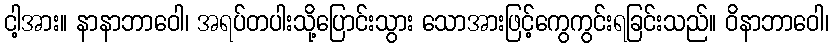
ငါ့အား။ နာနာဘာဝေါ၊ အရပ်တပါးသို့ပြောင်းသွား သောအားဖြင့်ကွေကွင်းရခြင်းသည်။ ဝိနာဘာဝေါ၊